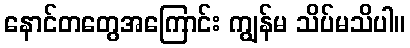
နောင်တတွေအကြောင်း ကျွန်မ သိပ်မသိပါ။